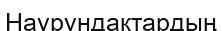
Наурундақтардың